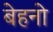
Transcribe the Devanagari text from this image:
बेहनो